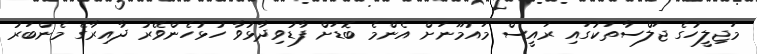
މަޖިލީހުގެ ޖަލްސާތަކުގައި ރައީސް މައުމޫނަށް އެންމެ ބޮޑަށް ފާޑުވިދާޅުވާ ހުޅުހެންވޭރު ދާއިރާގެ މެންބަރު